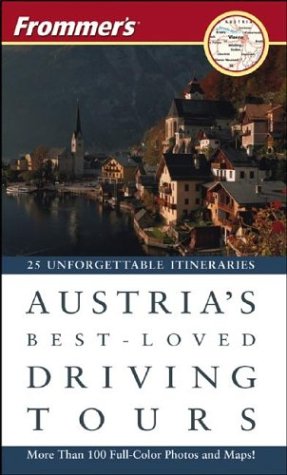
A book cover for Frommer's Austria's Best-Loved Driving Tours; British Auto Association; Travel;